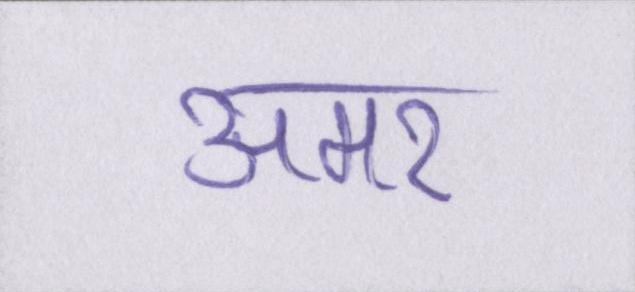
अमर